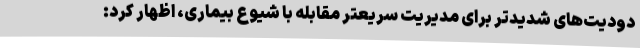
دودیت‌های شدیدتر برای مدیریت سریعتر مقابله با شیوع بیماری، اظهار کرد: